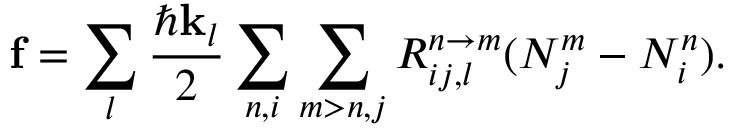
\mathbf { f } = \sum _ { l } \frac { \hbar \mathbf { k } _ { l } } { 2 } \sum _ { n , i } \sum _ { m > n , j } R _ { i j , l } ^ { n \rightarrow m } ( N _ { j } ^ { m } - N _ { i } ^ { n } ) .